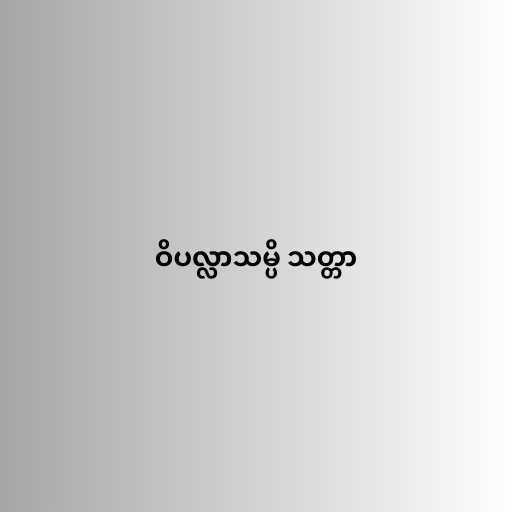
ဝိပလ္လာသမ္ပိ သတ္တာ